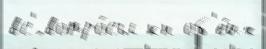
вс'́ вопро́сы кн об'е́их